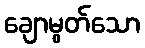
ချောမွတ်သော